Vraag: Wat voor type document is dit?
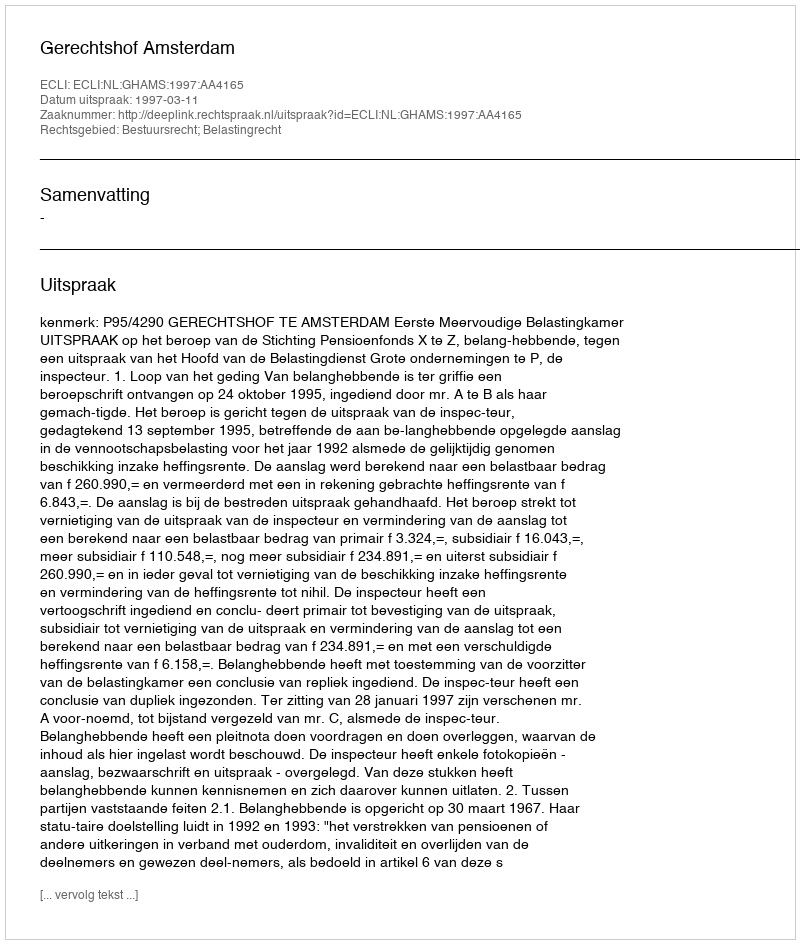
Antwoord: Uitspraak